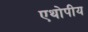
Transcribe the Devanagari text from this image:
एथोपीय